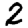
Digit: 2